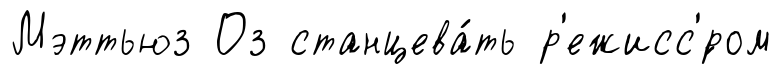
Мэттьюз Оз станцева́ть р'ежисс'́ром